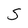
Character: S